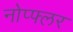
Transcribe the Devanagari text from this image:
नोप्फ्लर